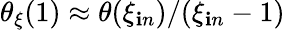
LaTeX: \theta_{\xi}(1)\approx\theta(\xi_{\mathbf{i}n})/(\xi_{\mathbf{i}n}-1)